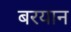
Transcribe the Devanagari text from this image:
बरयान